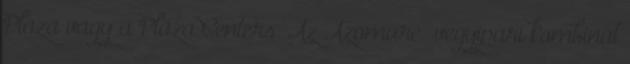
Plaza vagy a Plaza Centers. Az Azomureș vegyipari kombinát